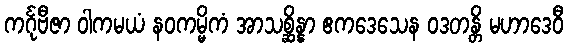
ကင်္ဂုဗီဇာ ဝါကမယံ နဝကမ္မိကံ အာသစ္ဆိန္နာ ဧကဒေသေန ဝဒတန္တိ မဟာဒေဝီ